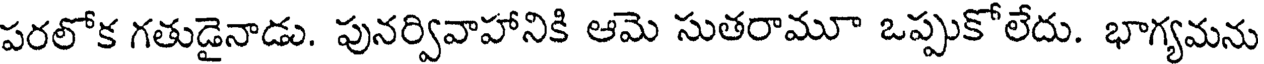
పరలోక గతుడైనాడు. పునర్వివాహానికి ఆమె సుతరామూ ఒప్పుకోలేదు. భాగ్యమను